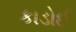
કાડોઈ